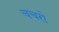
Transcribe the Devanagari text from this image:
चचरो